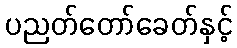
ပညတ်တော်ခေတ်နှင့်